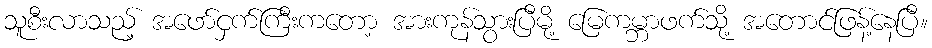
သူစီးလာသည့် အဖော်ငှက်ကြီးကတော့ အားကုန်သွားပြီမို့ မြေကမ္ဘာဖက်သို့ အတောင်ဖြန့်နေပြီ။